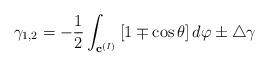
LaTeX: \begin{align*}\gamma _{1,2}=-\frac 12\int_{{\bf c}^{(I)}}\left[ 1\mp \cos \theta \right] d\varphi \pm \triangle \gamma\end{align*}